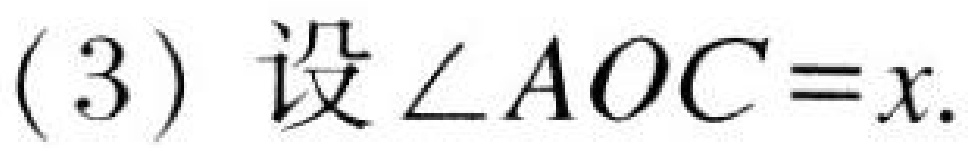
\((3)\) 设\(\angle AOC = x\).